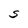
Character: S